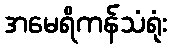
အမေရိကန်သံရုံး